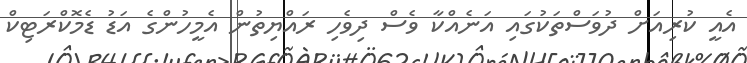
އެއީ ކުރިއަށް ދުވަސްތަކުގައި އަނެއްކާ ވެސް ދިވެހި ރައްޔިތުން އެމީހުންގެ އަޑު ޑެމޮކްރަޓިކް